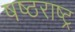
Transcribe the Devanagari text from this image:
षष्ठराष्ट्र